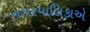
નગરપાલિકાએ